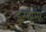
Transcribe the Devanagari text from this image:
इन्फोर्मर